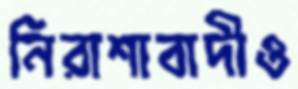
নিরাশাবাদীও